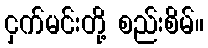
ငှက်မင်းတို့ စည်းစိမ်။